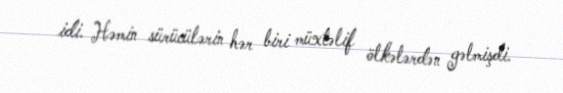
idi. Həmin sürücülərin hər biri müxtəlif ölkələrdən gəlmişdi.